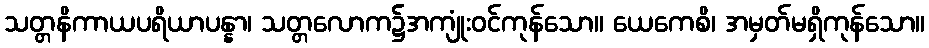
သတ္တနိကာယပရိယာပန္နာ၊ သတ္တလောက၌အကျုံးဝင်ကုန်သော။ ယေကေစိ၊ အမှတ်မရှိကုန်သော။